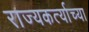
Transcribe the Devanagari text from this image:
राज्यकर्त्याच्या